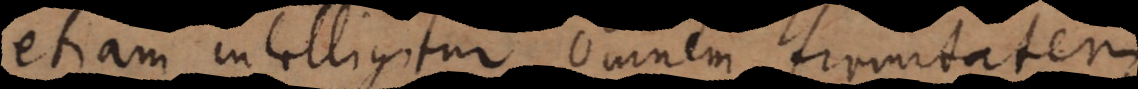
etiam intelligitur omnem firmitatem